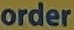
order